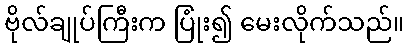
ဗိုလ်ချုပ်ကြီးက ပြုံး၍ မေးလိုက်သည်။